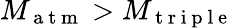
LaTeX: M_{\mathrm{~a~t~m~}}>M_{\mathrm{~t~r~i~p~l~e~}}